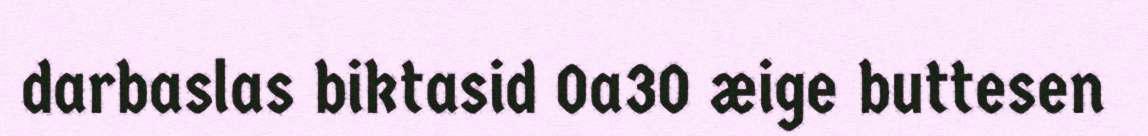
darbaslas biktasid 0a30 æige buttesen